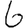
Digit: 6